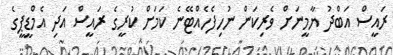
ރައީސް އަބްދު ޔާމީނަށް ވެރިކަން ނުހިފެހެއްޓޭނެ ކަމަށް ކުރީގެ ރައީސް އަދި އެމްޑީޕީގެ